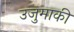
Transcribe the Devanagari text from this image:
उजुमाकी